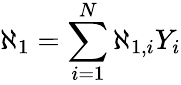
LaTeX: \aleph_{1}=\sum_{i=1}^{N}\aleph_{1,i}Y_{i}